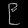
Digit: ၉